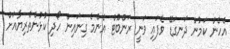
އެހެން ކަމުން ދަނގަޑޭ ވެފައި ވަނީ ރަންބޫޓް އެންމެ ގިނައިން ހޯދި ކުޅުންތެރިޔާއަށް